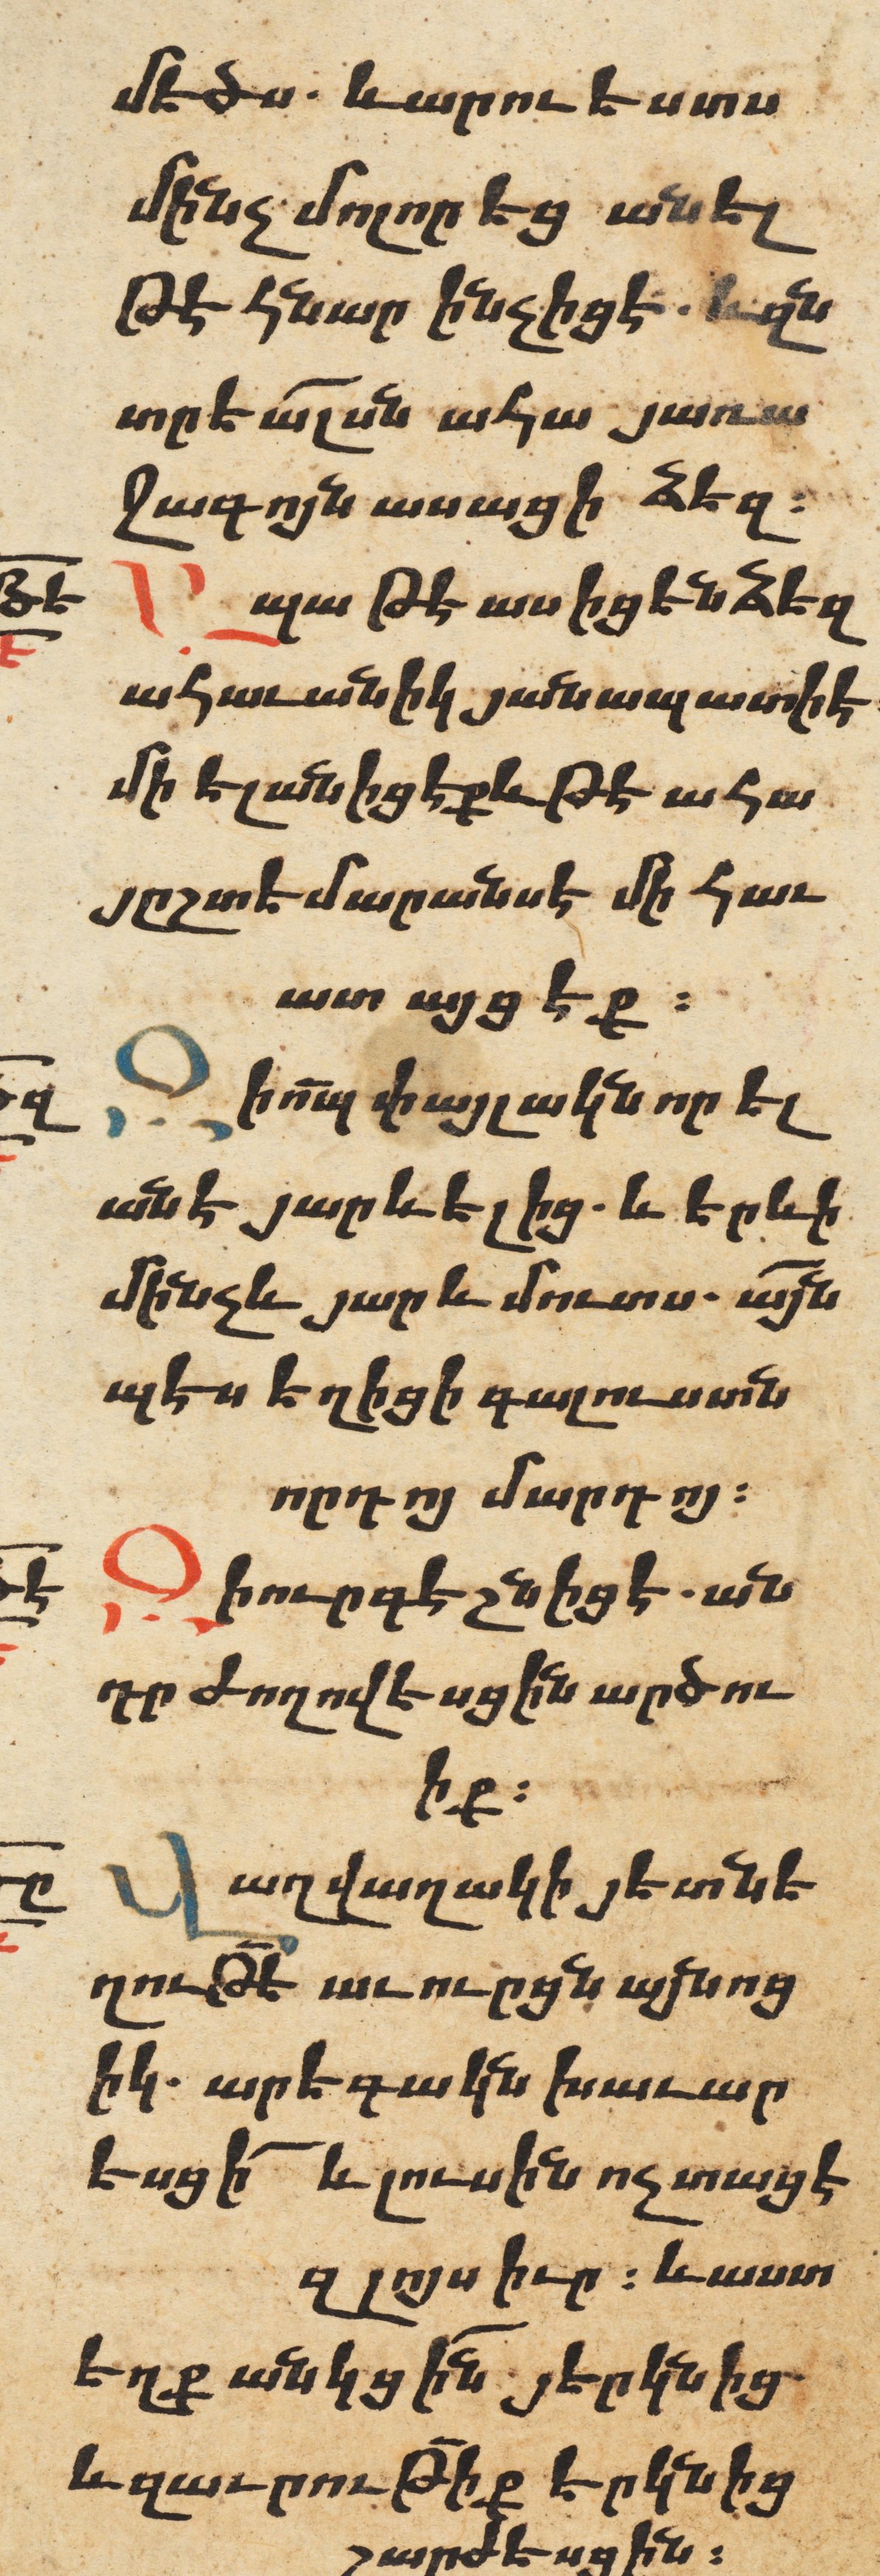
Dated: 1606–1606